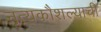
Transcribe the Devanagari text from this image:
नृत्यकौशल्याची